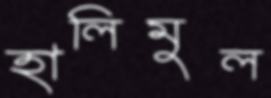
হালিমুল